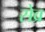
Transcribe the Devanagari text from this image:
सेव्र